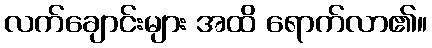
လက်ချောင်းများ အထိ ရောက်လာ၏။